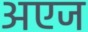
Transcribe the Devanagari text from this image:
अएज